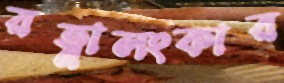
রত্নালংকার